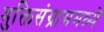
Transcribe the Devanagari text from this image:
मुक्तिसंग्राममध्ये